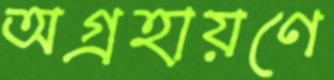
অগ্রহায়ণে